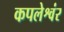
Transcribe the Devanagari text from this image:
कपलेश्वंर